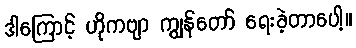
ဒါကြောင့် ဟိုကဗျာ ကျွန်တော် ရေးခဲ့တာပေါ့။